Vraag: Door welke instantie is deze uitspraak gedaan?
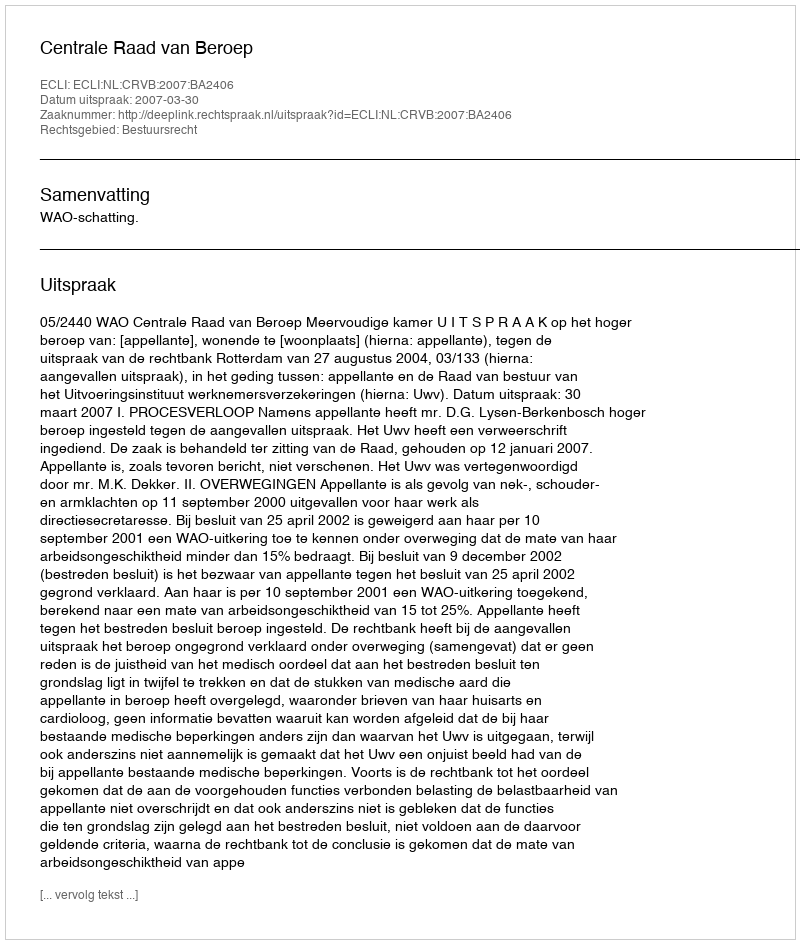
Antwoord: Centrale Raad van Beroep